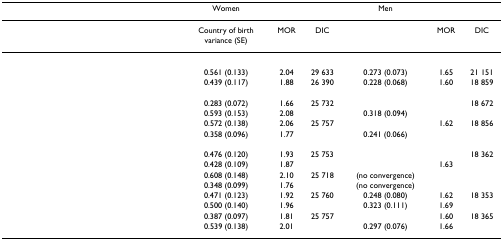
<table><thead><tr><td>[EMPTY_CELL]</td><td><b>Women</b></td><td>[EMPTY_CELL]</td><td>[EMPTY_CELL]</td><td><b>Men</b></td><td>[EMPTY_CELL]</td><td>[EMPTY_CELL]</td></tr></thead><tbody><tr><td>[EMPTY_CELL]</td><td>Country of birth variance (SE)</td><td>MOR</td><td>DIC</td><td>[EMPTY_CELL]</td><td>MOR</td><td>DIC</td></tr><tr><td>[EMPTY_CELL]</td><td>[EMPTY_CELL]</td><td>[EMPTY_CELL]</td><td>[EMPTY_CELL]</td><td>[EMPTY_CELL]</td><td>[EMPTY_CELL]</td><td>[EMPTY_CELL]</td></tr><tr><td>[EMPTY_CELL]</td><td>0.561 (0.133)</td><td>2.04</td><td>29 633</td><td>0.273 (0.073)</td><td>1.65</td><td>21 151</td></tr><tr><td>[EMPTY_CELL]</td><td>0.439 (0.117)</td><td>1.88</td><td>26 390</td><td>0.228 (0.068)</td><td>1.60</td><td>18 859</td></tr><tr><td>[EMPTY_CELL]</td><td>[EMPTY_CELL]</td><td>[EMPTY_CELL]</td><td>[EMPTY_CELL]</td><td>[EMPTY_CELL]</td><td>[EMPTY_CELL]</td><td>[EMPTY_CELL]</td></tr><tr><td>[EMPTY_CELL]</td><td>0.283 (0.072)</td><td>1.66</td><td>25 732</td><td>[EMPTY_CELL]</td><td>[EMPTY_CELL]</td><td>18 672</td></tr><tr><td>[EMPTY_CELL]</td><td>0.593 (0.153)</td><td>2.08</td><td>[EMPTY_CELL]</td><td>0.318 (0.094)</td><td>[EMPTY_CELL]</td><td>[EMPTY_CELL]</td></tr><tr><td>[EMPTY_CELL]</td><td>0.572 (0.138)</td><td>2.06</td><td>25 757</td><td>[EMPTY_CELL]</td><td>1.62</td><td>18 856</td></tr><tr><td>[EMPTY_CELL]</td><td>0.358 (0.096)</td><td>1.77</td><td>[EMPTY_CELL]</td><td>0.241 (0.066)</td><td>[EMPTY_CELL]</td><td>[EMPTY_CELL]</td></tr><tr><td>[EMPTY_CELL]</td><td>[EMPTY_CELL]</td><td>[EMPTY_CELL]</td><td>[EMPTY_CELL]</td><td>[EMPTY_CELL]</td><td>[EMPTY_CELL]</td><td>[EMPTY_CELL]</td></tr><tr><td>[EMPTY_CELL]</td><td>0.476 (0.120)</td><td>1.93</td><td>25 753</td><td>[EMPTY_CELL]</td><td>[EMPTY_CELL]</td><td>18 362</td></tr><tr><td>[EMPTY_CELL]</td><td>0.428 (0.109)</td><td>1.87</td><td>[EMPTY_CELL]</td><td>[EMPTY_CELL]</td><td>1.63</td><td>[EMPTY_CELL]</td></tr><tr><td>[EMPTY_CELL]</td><td>0.608 (0.148)</td><td>2.10</td><td>25 718</td><td>(no convergence)</td><td>[EMPTY_CELL]</td><td>[EMPTY_CELL]</td></tr><tr><td>[EMPTY_CELL]</td><td>0.348 (0.099)</td><td>1.76</td><td>[EMPTY_CELL]</td><td>(no convergence)</td><td>[EMPTY_CELL]</td><td>[EMPTY_CELL]</td></tr><tr><td>[EMPTY_CELL]</td><td>0.471 (0.123)</td><td>1.92</td><td>25 760</td><td>0.248 (0.080)</td><td>1.62</td><td>18 353</td></tr><tr><td>[EMPTY_CELL]</td><td>0.500 (0.140)</td><td>1.96</td><td>[EMPTY_CELL]</td><td>0.323 (0.111)</td><td>1.69</td><td>[EMPTY_CELL]</td></tr><tr><td>[EMPTY_CELL]</td><td>0.387 (0.097)</td><td>1.81</td><td>25 757</td><td>[EMPTY_CELL]</td><td>1.60</td><td>18 365</td></tr><tr><td>[EMPTY_CELL]</td><td>0.539 (0.138)</td><td>2.01</td><td>[EMPTY_CELL]</td><td>0.297 (0.076)</td><td>1.66</td><td>[EMPTY_CELL]</td></tr></tbody></table>